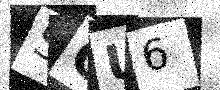
Text: SCU6